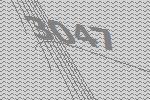
3047